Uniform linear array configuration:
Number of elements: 8
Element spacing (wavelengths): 0.25
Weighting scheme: hamming
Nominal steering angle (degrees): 30
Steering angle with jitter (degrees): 29.65
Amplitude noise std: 0.05
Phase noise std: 0.05

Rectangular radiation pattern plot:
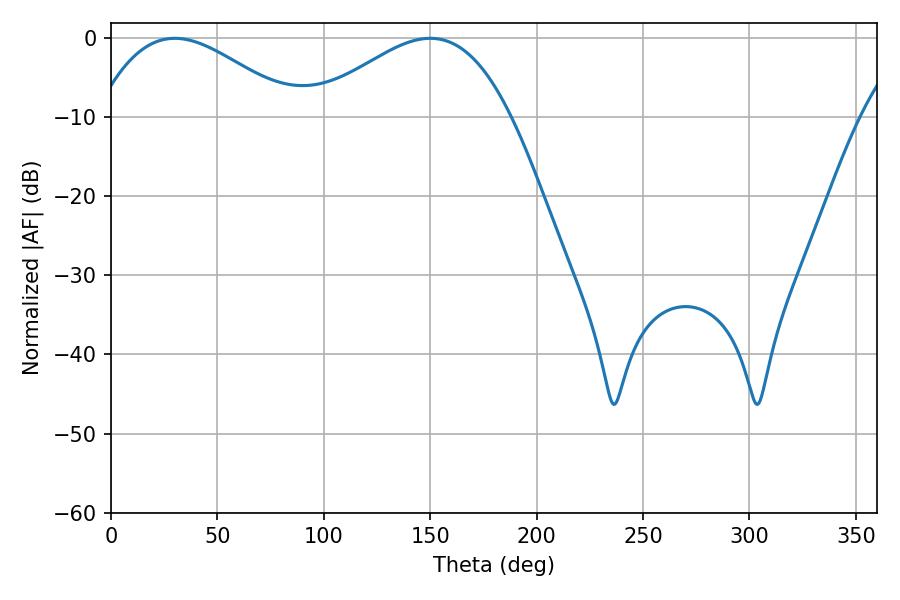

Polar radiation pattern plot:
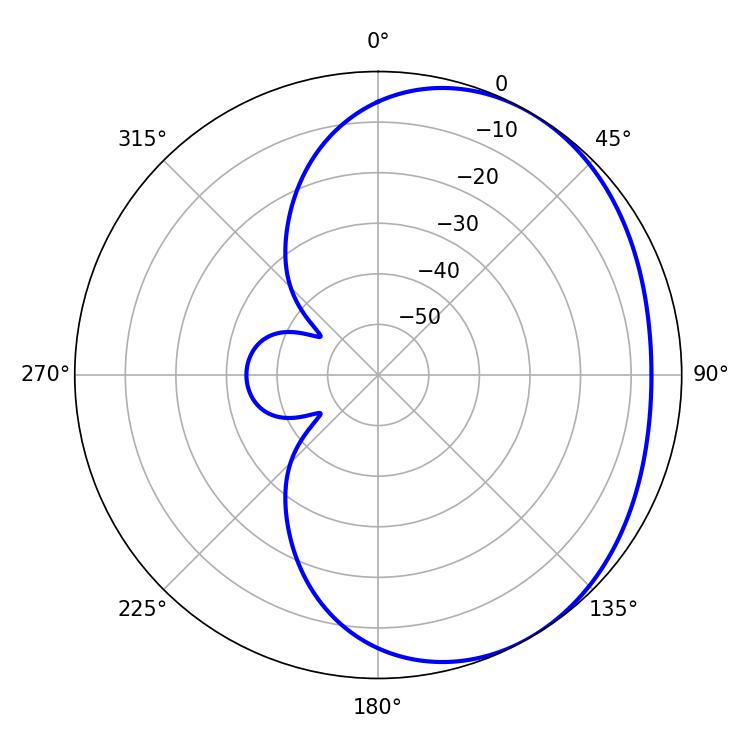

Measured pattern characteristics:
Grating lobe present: FALSE
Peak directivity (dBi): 2.651
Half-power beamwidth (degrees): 50.58
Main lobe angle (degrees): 30.06